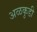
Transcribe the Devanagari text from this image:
अळकुडी